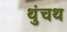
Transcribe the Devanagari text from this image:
थुंचथ